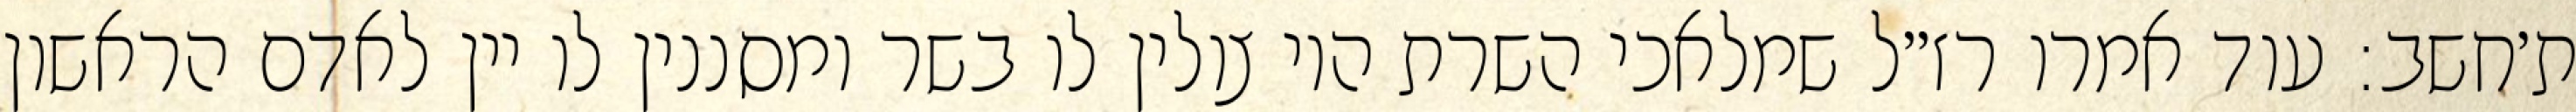
ת׳חשב: עוד אמרו רז״ל שמלאכי השרת היו צולין לו בשר ומסננין לו יין לאדם הראשון